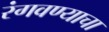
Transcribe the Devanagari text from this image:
रंगवण्याचा